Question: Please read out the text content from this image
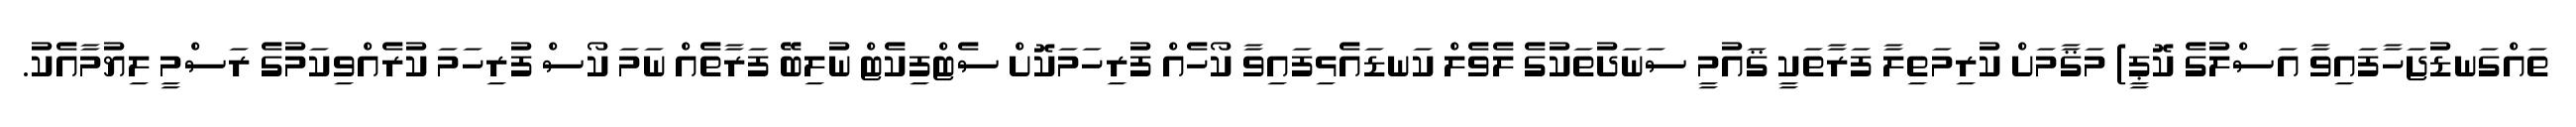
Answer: ތައްގަނޑުޖަހާފައިވާ އަސްލުގެ ކޮޕީ) މަޤާމަށް ކުރިމަތިލާ ފަރާތަކީ ޤައުމީ ސަނަދުތަކުގެ ލެވެލް ކަނޑައެޅިފައިވާ ކޯހެއް ފުރިހަމަކޮށް ސެޓްފިކެޓް ނުލިބޭ ފަރާތެއް ނަމަ ކޯސް ފުރިހަމަ ކުރެއްވިކަމުގެ ރަސްމީ ލިޔުމާއެކު.